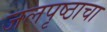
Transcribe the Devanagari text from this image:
जलपृष्ठाचा